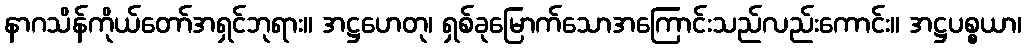
နာဂသိန်ကိုယ်တော်အရှင်ဘုရား။ အဋ္ဌဟေတု၊ ရှစ်ခုမြောက်သောအကြောင်းသည်လည်းကောင်း။ အဋ္ဌပစ္စယာ၊